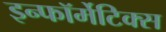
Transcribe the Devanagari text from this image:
इन्फॉर्मेटिक्स